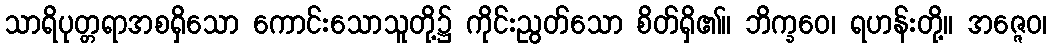
သာရိပုတ္တရာအစရှိသော ကောင်းသောသူတို့၌ ကိုင်းညွတ်သော စိတ်ရှိ၏။ ဘိက္ခဝေ၊ ရဟန်းတို့။ အဇ္ဇေဝ၊